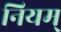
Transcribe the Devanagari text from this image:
नियम्